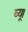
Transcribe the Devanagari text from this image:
व्यू।